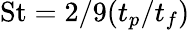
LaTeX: \mathrm{St}=2/9(t_{p}/t_{f})